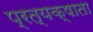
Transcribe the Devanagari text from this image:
प्रत्यक्षाता